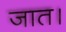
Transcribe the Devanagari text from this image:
जात।